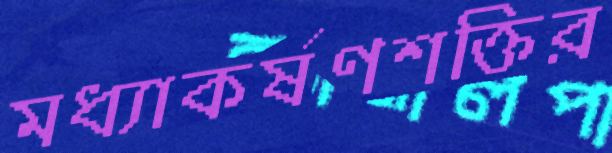
মধ্যাকর্ষণশক্তির